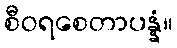
စီဝရစေတာပန္နံ။